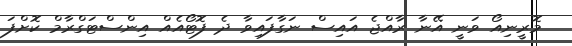
މޮރީނިއޯ ވަނީ އޭނާ ރާއްޖެ އައިސް ނަގާފައިވާ ދެ ފޮޓޯއެއް އިންސްޓަގްރާމް ކޮށްފަ